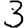
Digit: 3